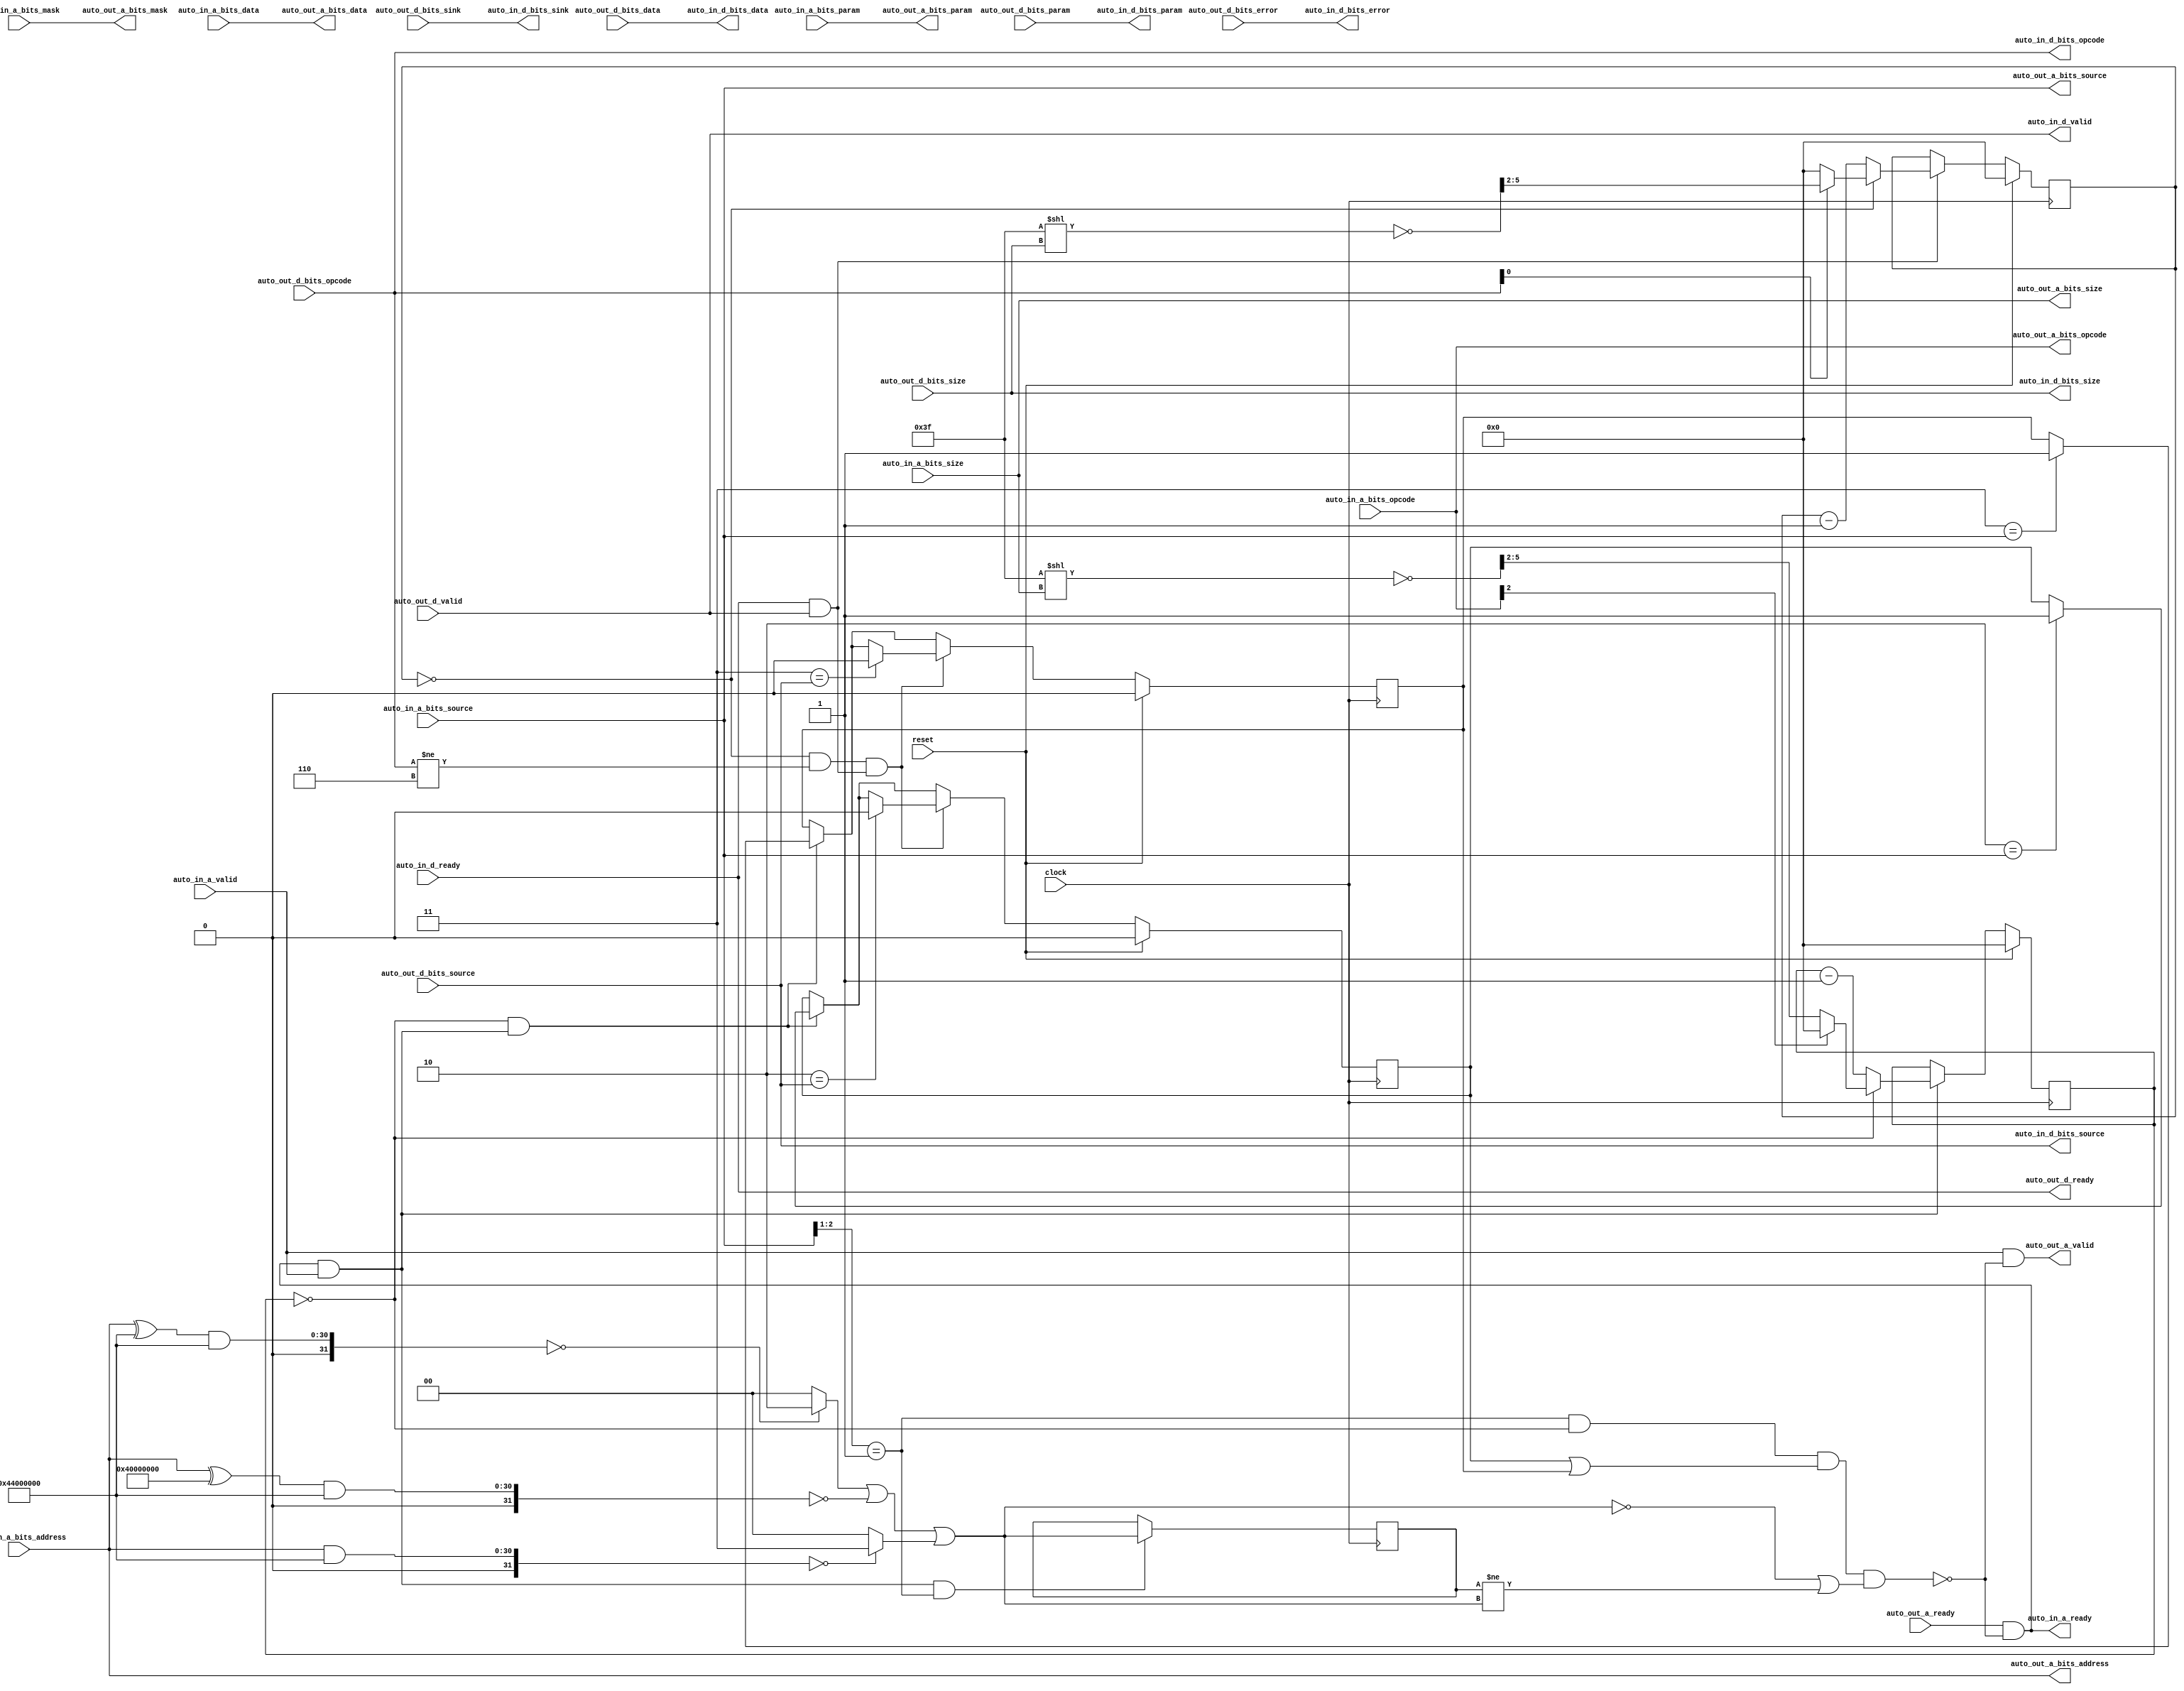
// Copyright (c) 2017, Microsemi Corporation
// All rights reserved.
//
// Redistribution and use in source and binary forms, with or without
// modification, are permitted provided that the following conditions are met:
//     * Redistributions of source code must retain the above copyright
//       notice, this list of conditions and the following disclaimer.
//     * Redistributions in binary form must reproduce the above copyright
//       notice, this list of conditions and the following disclaimer in the
//       documentation and/or other materials provided with the distribution.
//     * Neither the name of the <organization> nor the
//       names of its contributors may be used to endorse or promote products
//       derived from this software without specific prior written permission.
//
// THIS SOFTWARE IS PROVIDED BY THE COPYRIGHT HOLDERS AND CONTRIBUTORS "AS IS" AND
// ANY EXPRESS OR IMPLIED WARRANTIES, INCLUDING, BUT NOT LIMITED TO, THE IMPLIED
// WARRANTIES OF MERCHANTABILITY AND FITNESS FOR A PARTICULAR PURPOSE ARE
// DISCLAIMED. IN NO EVENT SHALL MICROSEMI CORPORATIONM BE LIABLE FOR ANY
// DIRECT, INDIRECT, INCIDENTAL, SPECIAL, EXEMPLARY, OR CONSEQUENTIAL DAMAGES
// (INCLUDING, BUT NOT LIMITED TO, PROCUREMENT OF SUBSTITUTE GOODS OR SERVICES;
// LOSS OF USE, DATA, OR PROFITS; OR BUSINESS INTERRUPTION) HOWEVER CAUSED AND
// ON ANY THEORY OF LIABILITY, WHETHER IN CONTRACT, STRICT LIABILITY, OR TORT
// (INCLUDING NEGLIGENCE OR OTHERWISE) ARISING IN ANY WAY OUT OF THE USE OF THIS
// SOFTWARE, EVEN IF ADVISED OF THE POSSIBILITY OF SUCH DAMAGE.
//
// APACHE LICENSE
// Copyright (c) 2017, Microsemi Corporation 
//
// Licensed under the Apache License, Version 2.0 (the "License");
// you may not use this file except in compliance with the License.
// You may obtain a copy of the License at
//
//    http://www.apache.org/licenses/LICENSE-2.0
//
// Unless required by applicable law or agreed to in writing, software
// distributed under the License is distributed on an "AS IS" BASIS,
// WITHOUT WARRANTIES OR CONDITIONS OF ANY KIND, either express or implied.
// See the License for the specific language governing permissions and
// limitations under the License.
//
// Description:
//
// SVN Revision Information:
// SVN $Revision: $
// SVN $Date: $
//
// Resolved SARs
// SAR      Date     Who   Description
//
// Notes:
//
// ****************************************************************************/
`ifndef RANDOMIZE_REG_INIT 
	 `define RANDOMIZE_REG_INIT 
 `endif
`ifndef RANDOMIZE_MEM_INIT 
	 `define RANDOMIZE_MEM_INIT 
 `endif
`ifndef RANDOMIZE 
	 `define RANDOMIZE 
`endif

`timescale 1ns/10ps
module MiV_AXI_MiV_AXI_0_MIV_RV32IMA_L1_AXI_TLFIFOFIXER_SYSTEM_BUS_PBUS_TLFIFOFIXER( // @[:freechips.rocketchip.system.MivRV32ImaL1AhbConfig.fir@1645.2]
  input         clock, // @[:freechips.rocketchip.system.MivRV32ImaL1AhbConfig.fir@1646.4]
  input         reset, // @[:freechips.rocketchip.system.MivRV32ImaL1AhbConfig.fir@1647.4]
  output        auto_in_a_ready, // @[:freechips.rocketchip.system.MivRV32ImaL1AhbConfig.fir@1648.4]
  input         auto_in_a_valid, // @[:freechips.rocketchip.system.MivRV32ImaL1AhbConfig.fir@1648.4]
  input  [2:0]  auto_in_a_bits_opcode, // @[:freechips.rocketchip.system.MivRV32ImaL1AhbConfig.fir@1648.4]
  input  [2:0]  auto_in_a_bits_param, // @[:freechips.rocketchip.system.MivRV32ImaL1AhbConfig.fir@1648.4]
  input  [2:0]  auto_in_a_bits_size, // @[:freechips.rocketchip.system.MivRV32ImaL1AhbConfig.fir@1648.4]
  input  [2:0]  auto_in_a_bits_source, // @[:freechips.rocketchip.system.MivRV32ImaL1AhbConfig.fir@1648.4]
  input  [30:0] auto_in_a_bits_address, // @[:freechips.rocketchip.system.MivRV32ImaL1AhbConfig.fir@1648.4]
  input  [3:0]  auto_in_a_bits_mask, // @[:freechips.rocketchip.system.MivRV32ImaL1AhbConfig.fir@1648.4]
  input  [31:0] auto_in_a_bits_data, // @[:freechips.rocketchip.system.MivRV32ImaL1AhbConfig.fir@1648.4]
  input         auto_in_d_ready, // @[:freechips.rocketchip.system.MivRV32ImaL1AhbConfig.fir@1648.4]
  output        auto_in_d_valid, // @[:freechips.rocketchip.system.MivRV32ImaL1AhbConfig.fir@1648.4]
  output [2:0]  auto_in_d_bits_opcode, // @[:freechips.rocketchip.system.MivRV32ImaL1AhbConfig.fir@1648.4]
  output [1:0]  auto_in_d_bits_param, // @[:freechips.rocketchip.system.MivRV32ImaL1AhbConfig.fir@1648.4]
  output [2:0]  auto_in_d_bits_size, // @[:freechips.rocketchip.system.MivRV32ImaL1AhbConfig.fir@1648.4]
  output [2:0]  auto_in_d_bits_source, // @[:freechips.rocketchip.system.MivRV32ImaL1AhbConfig.fir@1648.4]
  output        auto_in_d_bits_sink, // @[:freechips.rocketchip.system.MivRV32ImaL1AhbConfig.fir@1648.4]
  output [31:0] auto_in_d_bits_data, // @[:freechips.rocketchip.system.MivRV32ImaL1AhbConfig.fir@1648.4]
  output        auto_in_d_bits_error, // @[:freechips.rocketchip.system.MivRV32ImaL1AhbConfig.fir@1648.4]
  input         auto_out_a_ready, // @[:freechips.rocketchip.system.MivRV32ImaL1AhbConfig.fir@1648.4]
  output        auto_out_a_valid, // @[:freechips.rocketchip.system.MivRV32ImaL1AhbConfig.fir@1648.4]
  output [2:0]  auto_out_a_bits_opcode, // @[:freechips.rocketchip.system.MivRV32ImaL1AhbConfig.fir@1648.4]
  output [2:0]  auto_out_a_bits_param, // @[:freechips.rocketchip.system.MivRV32ImaL1AhbConfig.fir@1648.4]
  output [2:0]  auto_out_a_bits_size, // @[:freechips.rocketchip.system.MivRV32ImaL1AhbConfig.fir@1648.4]
  output [2:0]  auto_out_a_bits_source, // @[:freechips.rocketchip.system.MivRV32ImaL1AhbConfig.fir@1648.4]
  output [30:0] auto_out_a_bits_address, // @[:freechips.rocketchip.system.MivRV32ImaL1AhbConfig.fir@1648.4]
  output [3:0]  auto_out_a_bits_mask, // @[:freechips.rocketchip.system.MivRV32ImaL1AhbConfig.fir@1648.4]
  output [31:0] auto_out_a_bits_data, // @[:freechips.rocketchip.system.MivRV32ImaL1AhbConfig.fir@1648.4]
  output        auto_out_d_ready, // @[:freechips.rocketchip.system.MivRV32ImaL1AhbConfig.fir@1648.4]
  input         auto_out_d_valid, // @[:freechips.rocketchip.system.MivRV32ImaL1AhbConfig.fir@1648.4]
  input  [2:0]  auto_out_d_bits_opcode, // @[:freechips.rocketchip.system.MivRV32ImaL1AhbConfig.fir@1648.4]
  input  [1:0]  auto_out_d_bits_param, // @[:freechips.rocketchip.system.MivRV32ImaL1AhbConfig.fir@1648.4]
  input  [2:0]  auto_out_d_bits_size, // @[:freechips.rocketchip.system.MivRV32ImaL1AhbConfig.fir@1648.4]
  input  [2:0]  auto_out_d_bits_source, // @[:freechips.rocketchip.system.MivRV32ImaL1AhbConfig.fir@1648.4]
  input         auto_out_d_bits_sink, // @[:freechips.rocketchip.system.MivRV32ImaL1AhbConfig.fir@1648.4]
  input  [31:0] auto_out_d_bits_data, // @[:freechips.rocketchip.system.MivRV32ImaL1AhbConfig.fir@1648.4]
  input         auto_out_d_bits_error // @[:freechips.rocketchip.system.MivRV32ImaL1AhbConfig.fir@1648.4]
);
  reg [3:0] _T_266; // @[Edges.scala 220:27:freechips.rocketchip.system.MivRV32ImaL1AhbConfig.fir@1696.4]
  reg [31:0] _RAND_0;
  reg [3:0] _T_294; // @[Edges.scala 220:27:freechips.rocketchip.system.MivRV32ImaL1AhbConfig.fir@1719.4]
  reg [31:0] _RAND_1;
  reg  _T_346_2; // @[FIFOFixer.scala 70:27:freechips.rocketchip.system.MivRV32ImaL1AhbConfig.fir@1744.4]
  reg [31:0] _RAND_2;
  reg  _T_346_3; // @[FIFOFixer.scala 70:27:freechips.rocketchip.system.MivRV32ImaL1AhbConfig.fir@1744.4]
  reg [31:0] _RAND_3;
  reg [1:0] _T_400; // @[Reg.scala 11:16:freechips.rocketchip.system.MivRV32ImaL1AhbConfig.fir@1768.4]
  reg [31:0] _RAND_4;
  wire [31:0] _T_205; // @[Parameters.scala 153:49:freechips.rocketchip.system.MivRV32ImaL1AhbConfig.fir@1660.4]
  wire [30:0] _T_213; // @[Parameters.scala 153:31:freechips.rocketchip.system.MivRV32ImaL1AhbConfig.fir@1664.4]
  wire [31:0] _T_214; // @[Parameters.scala 153:49:freechips.rocketchip.system.MivRV32ImaL1AhbConfig.fir@1665.4]
  wire [31:0] _T_216; // @[Parameters.scala 153:52:freechips.rocketchip.system.MivRV32ImaL1AhbConfig.fir@1666.4]
  wire [31:0] _T_217; // @[Parameters.scala 153:52:freechips.rocketchip.system.MivRV32ImaL1AhbConfig.fir@1667.4]
  wire  _T_219; // @[Parameters.scala 153:67:freechips.rocketchip.system.MivRV32ImaL1AhbConfig.fir@1668.4]
  wire [30:0] _T_222; // @[Parameters.scala 153:31:freechips.rocketchip.system.MivRV32ImaL1AhbConfig.fir@1669.4]
  wire [31:0] _T_223; // @[Parameters.scala 153:49:freechips.rocketchip.system.MivRV32ImaL1AhbConfig.fir@1670.4]
  wire [31:0] _T_225; // @[Parameters.scala 153:52:freechips.rocketchip.system.MivRV32ImaL1AhbConfig.fir@1671.4]
  wire [31:0] _T_226; // @[Parameters.scala 153:52:freechips.rocketchip.system.MivRV32ImaL1AhbConfig.fir@1672.4]
  wire  _T_228; // @[Parameters.scala 153:67:freechips.rocketchip.system.MivRV32ImaL1AhbConfig.fir@1673.4]
  wire [31:0] _T_234; // @[Parameters.scala 153:52:freechips.rocketchip.system.MivRV32ImaL1AhbConfig.fir@1676.4]
  wire [31:0] _T_235; // @[Parameters.scala 153:52:freechips.rocketchip.system.MivRV32ImaL1AhbConfig.fir@1677.4]
  wire  _T_237; // @[Parameters.scala 153:67:freechips.rocketchip.system.MivRV32ImaL1AhbConfig.fir@1678.4]
  wire [1:0] _T_241; // @[Mux.scala 19:72:freechips.rocketchip.system.MivRV32ImaL1AhbConfig.fir@1679.4]
  wire [1:0] _T_245; // @[Mux.scala 19:72:freechips.rocketchip.system.MivRV32ImaL1AhbConfig.fir@1681.4]
  wire [1:0] _GEN_29; // @[Mux.scala 19:72:freechips.rocketchip.system.MivRV32ImaL1AhbConfig.fir@1682.4]
  wire [1:0] _T_246; // @[Mux.scala 19:72:freechips.rocketchip.system.MivRV32ImaL1AhbConfig.fir@1682.4]
  wire [1:0] _T_247; // @[Mux.scala 19:72:freechips.rocketchip.system.MivRV32ImaL1AhbConfig.fir@1683.4]
  wire  _T_251; // @[FIFOFixer.scala 54:29:freechips.rocketchip.system.MivRV32ImaL1AhbConfig.fir@1686.4]
  wire [1:0] _T_385; // @[Parameters.scala 51:10:freechips.rocketchip.system.MivRV32ImaL1AhbConfig.fir@1758.4]
  wire  _T_387; // @[Parameters.scala 51:32:freechips.rocketchip.system.MivRV32ImaL1AhbConfig.fir@1759.4]
  wire  _T_272; // @[Edges.scala 222:25:freechips.rocketchip.system.MivRV32ImaL1AhbConfig.fir@1700.4]
  wire  _T_401; // @[FIFOFixer.scala 79:15:freechips.rocketchip.system.MivRV32ImaL1AhbConfig.fir@1772.4]
  wire  _T_402; // @[FIFOFixer.scala 79:44:freechips.rocketchip.system.MivRV32ImaL1AhbConfig.fir@1773.4]
  wire  _T_403; // @[FIFOFixer.scala 79:26:freechips.rocketchip.system.MivRV32ImaL1AhbConfig.fir@1774.4]
  wire  _T_404; // @[FIFOFixer.scala 79:71:freechips.rocketchip.system.MivRV32ImaL1AhbConfig.fir@1775.4]
  wire  _T_405; // @[FIFOFixer.scala 79:65:freechips.rocketchip.system.MivRV32ImaL1AhbConfig.fir@1776.4]
  wire  _T_406; // @[FIFOFixer.scala 79:50:freechips.rocketchip.system.MivRV32ImaL1AhbConfig.fir@1777.4]
  wire  _T_414; // @[FIFOFixer.scala 87:50:freechips.rocketchip.system.MivRV32ImaL1AhbConfig.fir@1785.4]
  wire  _T_416; // @[FIFOFixer.scala 87:33:freechips.rocketchip.system.MivRV32ImaL1AhbConfig.fir@1787.4]
  wire  _T_252; // @[Decoupled.scala 30:37:freechips.rocketchip.system.MivRV32ImaL1AhbConfig.fir@1687.4]
  wire [12:0] _T_255; // @[package.scala 82:77:freechips.rocketchip.system.MivRV32ImaL1AhbConfig.fir@1689.4]
  wire [5:0] _T_256; // @[package.scala 82:82:freechips.rocketchip.system.MivRV32ImaL1AhbConfig.fir@1690.4]
  wire [5:0] _T_257; // @[package.scala 82:46:freechips.rocketchip.system.MivRV32ImaL1AhbConfig.fir@1691.4]
  wire [3:0] _T_258; // @[Edges.scala 211:59:freechips.rocketchip.system.MivRV32ImaL1AhbConfig.fir@1692.4]
  wire  _T_259; // @[Edges.scala 92:37:freechips.rocketchip.system.MivRV32ImaL1AhbConfig.fir@1693.4]
  wire  _T_261; // @[Edges.scala 92:28:freechips.rocketchip.system.MivRV32ImaL1AhbConfig.fir@1694.4]
  wire [3:0] _T_263; // @[Edges.scala 212:14:freechips.rocketchip.system.MivRV32ImaL1AhbConfig.fir@1695.4]
  wire [4:0] _T_268; // @[Edges.scala 221:28:freechips.rocketchip.system.MivRV32ImaL1AhbConfig.fir@1697.4]
  wire [4:0] _T_269; // @[Edges.scala 221:28:freechips.rocketchip.system.MivRV32ImaL1AhbConfig.fir@1698.4]
  wire [3:0] _T_270; // @[Edges.scala 221:28:freechips.rocketchip.system.MivRV32ImaL1AhbConfig.fir@1699.4]
  wire [3:0] _T_281; // @[Edges.scala 227:21:freechips.rocketchip.system.MivRV32ImaL1AhbConfig.fir@1708.6]
  wire [3:0] _GEN_2; // @[Edges.scala 226:17:freechips.rocketchip.system.MivRV32ImaL1AhbConfig.fir@1707.4]
  wire  _T_282; // @[Decoupled.scala 30:37:freechips.rocketchip.system.MivRV32ImaL1AhbConfig.fir@1711.4]
  wire [12:0] _T_285; // @[package.scala 82:77:freechips.rocketchip.system.MivRV32ImaL1AhbConfig.fir@1713.4]
  wire [5:0] _T_286; // @[package.scala 82:82:freechips.rocketchip.system.MivRV32ImaL1AhbConfig.fir@1714.4]
  wire [5:0] _T_287; // @[package.scala 82:46:freechips.rocketchip.system.MivRV32ImaL1AhbConfig.fir@1715.4]
  wire [3:0] _T_288; // @[Edges.scala 211:59:freechips.rocketchip.system.MivRV32ImaL1AhbConfig.fir@1716.4]
  wire  _T_289; // @[Edges.scala 106:36:freechips.rocketchip.system.MivRV32ImaL1AhbConfig.fir@1717.4]
  wire [3:0] _T_291; // @[Edges.scala 212:14:freechips.rocketchip.system.MivRV32ImaL1AhbConfig.fir@1718.4]
  wire [4:0] _T_296; // @[Edges.scala 221:28:freechips.rocketchip.system.MivRV32ImaL1AhbConfig.fir@1720.4]
  wire [4:0] _T_297; // @[Edges.scala 221:28:freechips.rocketchip.system.MivRV32ImaL1AhbConfig.fir@1721.4]
  wire [3:0] _T_298; // @[Edges.scala 221:28:freechips.rocketchip.system.MivRV32ImaL1AhbConfig.fir@1722.4]
  wire  _T_300; // @[Edges.scala 222:25:freechips.rocketchip.system.MivRV32ImaL1AhbConfig.fir@1723.4]
  wire [3:0] _T_309; // @[Edges.scala 227:21:freechips.rocketchip.system.MivRV32ImaL1AhbConfig.fir@1731.6]
  wire [3:0] _GEN_3; // @[Edges.scala 226:17:freechips.rocketchip.system.MivRV32ImaL1AhbConfig.fir@1730.4]
  wire  _T_311; // @[FIFOFixer.scala 66:63:freechips.rocketchip.system.MivRV32ImaL1AhbConfig.fir@1734.4]
  wire  _T_312; // @[FIFOFixer.scala 66:42:freechips.rocketchip.system.MivRV32ImaL1AhbConfig.fir@1735.4]
  wire  _T_370; // @[FIFOFixer.scala 71:21:freechips.rocketchip.system.MivRV32ImaL1AhbConfig.fir@1746.4]
  wire  _GEN_6; // @[FIFOFixer.scala 71:64:freechips.rocketchip.system.MivRV32ImaL1AhbConfig.fir@1749.6]
  wire  _GEN_7; // @[FIFOFixer.scala 71:64:freechips.rocketchip.system.MivRV32ImaL1AhbConfig.fir@1749.6]
  wire  _GEN_12; // @[FIFOFixer.scala 71:37:freechips.rocketchip.system.MivRV32ImaL1AhbConfig.fir@1747.4]
  wire  _GEN_13; // @[FIFOFixer.scala 71:37:freechips.rocketchip.system.MivRV32ImaL1AhbConfig.fir@1747.4]
  wire  _T_377; // @[FIFOFixer.scala 72:21:freechips.rocketchip.system.MivRV32ImaL1AhbConfig.fir@1752.4]
  wire  _GEN_18; // @[FIFOFixer.scala 72:64:freechips.rocketchip.system.MivRV32ImaL1AhbConfig.fir@1754.6]
  wire  _GEN_19; // @[FIFOFixer.scala 72:64:freechips.rocketchip.system.MivRV32ImaL1AhbConfig.fir@1754.6]
  wire  _GEN_24; // @[FIFOFixer.scala 72:37:freechips.rocketchip.system.MivRV32ImaL1AhbConfig.fir@1753.4]
  wire  _GEN_25; // @[FIFOFixer.scala 72:37:freechips.rocketchip.system.MivRV32ImaL1AhbConfig.fir@1753.4]
  wire  _T_395; // @[FIFOFixer.scala 76:49:freechips.rocketchip.system.MivRV32ImaL1AhbConfig.fir@1765.4]
  wire [1:0] _GEN_28; // @[Reg.scala 12:19:freechips.rocketchip.system.MivRV32ImaL1AhbConfig.fir@1769.4]
  wire  _T_412; // @[FIFOFixer.scala 86:33:freechips.rocketchip.system.MivRV32ImaL1AhbConfig.fir@1783.4]
  assign _T_205 = {1'b0,$signed(auto_in_a_bits_address)}; // @[Parameters.scala 153:49:freechips.rocketchip.system.MivRV32ImaL1AhbConfig.fir@1660.4]
  assign _T_213 = auto_in_a_bits_address ^ 31'h44000000; // @[Parameters.scala 153:31:freechips.rocketchip.system.MivRV32ImaL1AhbConfig.fir@1664.4]
  assign _T_214 = {1'b0,$signed(_T_213)}; // @[Parameters.scala 153:49:freechips.rocketchip.system.MivRV32ImaL1AhbConfig.fir@1665.4]
  assign _T_216 = $signed(_T_214) & $signed(32'sh44000000); // @[Parameters.scala 153:52:freechips.rocketchip.system.MivRV32ImaL1AhbConfig.fir@1666.4]
  assign _T_217 = $signed(_T_216); // @[Parameters.scala 153:52:freechips.rocketchip.system.MivRV32ImaL1AhbConfig.fir@1667.4]
  assign _T_219 = $signed(_T_217) == $signed(32'sh0); // @[Parameters.scala 153:67:freechips.rocketchip.system.MivRV32ImaL1AhbConfig.fir@1668.4]
  assign _T_222 = auto_in_a_bits_address ^ 31'h40000000; // @[Parameters.scala 153:31:freechips.rocketchip.system.MivRV32ImaL1AhbConfig.fir@1669.4]
  assign _T_223 = {1'b0,$signed(_T_222)}; // @[Parameters.scala 153:49:freechips.rocketchip.system.MivRV32ImaL1AhbConfig.fir@1670.4]
  assign _T_225 = $signed(_T_223) & $signed(32'sh44000000); // @[Parameters.scala 153:52:freechips.rocketchip.system.MivRV32ImaL1AhbConfig.fir@1671.4]
  assign _T_226 = $signed(_T_225); // @[Parameters.scala 153:52:freechips.rocketchip.system.MivRV32ImaL1AhbConfig.fir@1672.4]
  assign _T_228 = $signed(_T_226) == $signed(32'sh0); // @[Parameters.scala 153:67:freechips.rocketchip.system.MivRV32ImaL1AhbConfig.fir@1673.4]
  assign _T_234 = $signed(_T_205) & $signed(32'sh44000000); // @[Parameters.scala 153:52:freechips.rocketchip.system.MivRV32ImaL1AhbConfig.fir@1676.4]
  assign _T_235 = $signed(_T_234); // @[Parameters.scala 153:52:freechips.rocketchip.system.MivRV32ImaL1AhbConfig.fir@1677.4]
  assign _T_237 = $signed(_T_235) == $signed(32'sh0); // @[Parameters.scala 153:67:freechips.rocketchip.system.MivRV32ImaL1AhbConfig.fir@1678.4]
  assign _T_241 = _T_219 ? 2'h2 : 2'h0; // @[Mux.scala 19:72:freechips.rocketchip.system.MivRV32ImaL1AhbConfig.fir@1679.4]
  assign _T_245 = _T_237 ? 2'h3 : 2'h0; // @[Mux.scala 19:72:freechips.rocketchip.system.MivRV32ImaL1AhbConfig.fir@1681.4]
  assign _GEN_29 = {{1'd0}, _T_228}; // @[Mux.scala 19:72:freechips.rocketchip.system.MivRV32ImaL1AhbConfig.fir@1682.4]
  assign _T_246 = _T_241 | _GEN_29; // @[Mux.scala 19:72:freechips.rocketchip.system.MivRV32ImaL1AhbConfig.fir@1682.4]
  assign _T_247 = _T_246 | _T_245; // @[Mux.scala 19:72:freechips.rocketchip.system.MivRV32ImaL1AhbConfig.fir@1683.4]
  assign _T_251 = _T_247 == 2'h0; // @[FIFOFixer.scala 54:29:freechips.rocketchip.system.MivRV32ImaL1AhbConfig.fir@1686.4]
  assign _T_385 = auto_in_a_bits_source[2:1]; // @[Parameters.scala 51:10:freechips.rocketchip.system.MivRV32ImaL1AhbConfig.fir@1758.4]
  assign _T_387 = _T_385 == 2'h1; // @[Parameters.scala 51:32:freechips.rocketchip.system.MivRV32ImaL1AhbConfig.fir@1759.4]
  assign _T_272 = _T_266 == 4'h0; // @[Edges.scala 222:25:freechips.rocketchip.system.MivRV32ImaL1AhbConfig.fir@1700.4]
  assign _T_401 = _T_387 & _T_272; // @[FIFOFixer.scala 79:15:freechips.rocketchip.system.MivRV32ImaL1AhbConfig.fir@1772.4]
  assign _T_402 = _T_346_2 | _T_346_3; // @[FIFOFixer.scala 79:44:freechips.rocketchip.system.MivRV32ImaL1AhbConfig.fir@1773.4]
  assign _T_403 = _T_401 & _T_402; // @[FIFOFixer.scala 79:26:freechips.rocketchip.system.MivRV32ImaL1AhbConfig.fir@1774.4]
  assign _T_404 = _T_400 != _T_247; // @[FIFOFixer.scala 79:71:freechips.rocketchip.system.MivRV32ImaL1AhbConfig.fir@1775.4]
  assign _T_405 = _T_251 | _T_404; // @[FIFOFixer.scala 79:65:freechips.rocketchip.system.MivRV32ImaL1AhbConfig.fir@1776.4]
  assign _T_406 = _T_403 & _T_405; // @[FIFOFixer.scala 79:50:freechips.rocketchip.system.MivRV32ImaL1AhbConfig.fir@1777.4]
  assign _T_414 = _T_406 == 1'h0; // @[FIFOFixer.scala 87:50:freechips.rocketchip.system.MivRV32ImaL1AhbConfig.fir@1785.4]
  assign _T_416 = auto_out_a_ready & _T_414; // @[FIFOFixer.scala 87:33:freechips.rocketchip.system.MivRV32ImaL1AhbConfig.fir@1787.4]
  assign _T_252 = _T_416 & auto_in_a_valid; // @[Decoupled.scala 30:37:freechips.rocketchip.system.MivRV32ImaL1AhbConfig.fir@1687.4]
  assign _T_255 = 13'h3f << auto_in_a_bits_size; // @[package.scala 82:77:freechips.rocketchip.system.MivRV32ImaL1AhbConfig.fir@1689.4]
  assign _T_256 = _T_255[5:0]; // @[package.scala 82:82:freechips.rocketchip.system.MivRV32ImaL1AhbConfig.fir@1690.4]
  assign _T_257 = ~ _T_256; // @[package.scala 82:46:freechips.rocketchip.system.MivRV32ImaL1AhbConfig.fir@1691.4]
  assign _T_258 = _T_257[5:2]; // @[Edges.scala 211:59:freechips.rocketchip.system.MivRV32ImaL1AhbConfig.fir@1692.4]
  assign _T_259 = auto_in_a_bits_opcode[2]; // @[Edges.scala 92:37:freechips.rocketchip.system.MivRV32ImaL1AhbConfig.fir@1693.4]
  assign _T_261 = _T_259 == 1'h0; // @[Edges.scala 92:28:freechips.rocketchip.system.MivRV32ImaL1AhbConfig.fir@1694.4]
  assign _T_263 = _T_261 ? _T_258 : 4'h0; // @[Edges.scala 212:14:freechips.rocketchip.system.MivRV32ImaL1AhbConfig.fir@1695.4]
  assign _T_268 = _T_266 - 4'h1; // @[Edges.scala 221:28:freechips.rocketchip.system.MivRV32ImaL1AhbConfig.fir@1697.4]
  assign _T_269 = $unsigned(_T_268); // @[Edges.scala 221:28:freechips.rocketchip.system.MivRV32ImaL1AhbConfig.fir@1698.4]
  assign _T_270 = _T_269[3:0]; // @[Edges.scala 221:28:freechips.rocketchip.system.MivRV32ImaL1AhbConfig.fir@1699.4]
  assign _T_281 = _T_272 ? _T_263 : _T_270; // @[Edges.scala 227:21:freechips.rocketchip.system.MivRV32ImaL1AhbConfig.fir@1708.6]
  assign _GEN_2 = _T_252 ? _T_281 : _T_266; // @[Edges.scala 226:17:freechips.rocketchip.system.MivRV32ImaL1AhbConfig.fir@1707.4]
  assign _T_282 = auto_in_d_ready & auto_out_d_valid; // @[Decoupled.scala 30:37:freechips.rocketchip.system.MivRV32ImaL1AhbConfig.fir@1711.4]
  assign _T_285 = 13'h3f << auto_out_d_bits_size; // @[package.scala 82:77:freechips.rocketchip.system.MivRV32ImaL1AhbConfig.fir@1713.4]
  assign _T_286 = _T_285[5:0]; // @[package.scala 82:82:freechips.rocketchip.system.MivRV32ImaL1AhbConfig.fir@1714.4]
  assign _T_287 = ~ _T_286; // @[package.scala 82:46:freechips.rocketchip.system.MivRV32ImaL1AhbConfig.fir@1715.4]
  assign _T_288 = _T_287[5:2]; // @[Edges.scala 211:59:freechips.rocketchip.system.MivRV32ImaL1AhbConfig.fir@1716.4]
  assign _T_289 = auto_out_d_bits_opcode[0]; // @[Edges.scala 106:36:freechips.rocketchip.system.MivRV32ImaL1AhbConfig.fir@1717.4]
  assign _T_291 = _T_289 ? _T_288 : 4'h0; // @[Edges.scala 212:14:freechips.rocketchip.system.MivRV32ImaL1AhbConfig.fir@1718.4]
  assign _T_296 = _T_294 - 4'h1; // @[Edges.scala 221:28:freechips.rocketchip.system.MivRV32ImaL1AhbConfig.fir@1720.4]
  assign _T_297 = $unsigned(_T_296); // @[Edges.scala 221:28:freechips.rocketchip.system.MivRV32ImaL1AhbConfig.fir@1721.4]
  assign _T_298 = _T_297[3:0]; // @[Edges.scala 221:28:freechips.rocketchip.system.MivRV32ImaL1AhbConfig.fir@1722.4]
  assign _T_300 = _T_294 == 4'h0; // @[Edges.scala 222:25:freechips.rocketchip.system.MivRV32ImaL1AhbConfig.fir@1723.4]
  assign _T_309 = _T_300 ? _T_291 : _T_298; // @[Edges.scala 227:21:freechips.rocketchip.system.MivRV32ImaL1AhbConfig.fir@1731.6]
  assign _GEN_3 = _T_282 ? _T_309 : _T_294; // @[Edges.scala 226:17:freechips.rocketchip.system.MivRV32ImaL1AhbConfig.fir@1730.4]
  assign _T_311 = auto_out_d_bits_opcode != 3'h6; // @[FIFOFixer.scala 66:63:freechips.rocketchip.system.MivRV32ImaL1AhbConfig.fir@1734.4]
  assign _T_312 = _T_300 & _T_311; // @[FIFOFixer.scala 66:42:freechips.rocketchip.system.MivRV32ImaL1AhbConfig.fir@1735.4]
  assign _T_370 = _T_272 & _T_252; // @[FIFOFixer.scala 71:21:freechips.rocketchip.system.MivRV32ImaL1AhbConfig.fir@1746.4]
  assign _GEN_6 = 3'h2 == auto_in_a_bits_source ? 1'h1 : _T_346_2; // @[FIFOFixer.scala 71:64:freechips.rocketchip.system.MivRV32ImaL1AhbConfig.fir@1749.6]
  assign _GEN_7 = 3'h3 == auto_in_a_bits_source ? 1'h1 : _T_346_3; // @[FIFOFixer.scala 71:64:freechips.rocketchip.system.MivRV32ImaL1AhbConfig.fir@1749.6]
  assign _GEN_12 = _T_370 ? _GEN_6 : _T_346_2; // @[FIFOFixer.scala 71:37:freechips.rocketchip.system.MivRV32ImaL1AhbConfig.fir@1747.4]
  assign _GEN_13 = _T_370 ? _GEN_7 : _T_346_3; // @[FIFOFixer.scala 71:37:freechips.rocketchip.system.MivRV32ImaL1AhbConfig.fir@1747.4]
  assign _T_377 = _T_312 & _T_282; // @[FIFOFixer.scala 72:21:freechips.rocketchip.system.MivRV32ImaL1AhbConfig.fir@1752.4]
  assign _GEN_18 = 3'h2 == auto_out_d_bits_source ? 1'h0 : _GEN_12; // @[FIFOFixer.scala 72:64:freechips.rocketchip.system.MivRV32ImaL1AhbConfig.fir@1754.6]
  assign _GEN_19 = 3'h3 == auto_out_d_bits_source ? 1'h0 : _GEN_13; // @[FIFOFixer.scala 72:64:freechips.rocketchip.system.MivRV32ImaL1AhbConfig.fir@1754.6]
  assign _GEN_24 = _T_377 ? _GEN_18 : _GEN_12; // @[FIFOFixer.scala 72:37:freechips.rocketchip.system.MivRV32ImaL1AhbConfig.fir@1753.4]
  assign _GEN_25 = _T_377 ? _GEN_19 : _GEN_13; // @[FIFOFixer.scala 72:37:freechips.rocketchip.system.MivRV32ImaL1AhbConfig.fir@1753.4]
  assign _T_395 = _T_252 & _T_387; // @[FIFOFixer.scala 76:49:freechips.rocketchip.system.MivRV32ImaL1AhbConfig.fir@1765.4]
  assign _GEN_28 = _T_395 ? _T_247 : _T_400; // @[Reg.scala 12:19:freechips.rocketchip.system.MivRV32ImaL1AhbConfig.fir@1769.4]
  assign _T_412 = auto_in_a_valid & _T_414; // @[FIFOFixer.scala 86:33:freechips.rocketchip.system.MivRV32ImaL1AhbConfig.fir@1783.4]
  assign auto_in_a_ready = _T_416;
  assign auto_in_d_valid = auto_out_d_valid;
  assign auto_in_d_bits_opcode = auto_out_d_bits_opcode;
  assign auto_in_d_bits_param = auto_out_d_bits_param;
  assign auto_in_d_bits_size = auto_out_d_bits_size;
  assign auto_in_d_bits_source = auto_out_d_bits_source;
  assign auto_in_d_bits_sink = auto_out_d_bits_sink;
  assign auto_in_d_bits_data = auto_out_d_bits_data;
  assign auto_in_d_bits_error = auto_out_d_bits_error;
  assign auto_out_a_valid = _T_412;
  assign auto_out_a_bits_opcode = auto_in_a_bits_opcode;
  assign auto_out_a_bits_param = auto_in_a_bits_param;
  assign auto_out_a_bits_size = auto_in_a_bits_size;
  assign auto_out_a_bits_source = auto_in_a_bits_source;
  assign auto_out_a_bits_address = auto_in_a_bits_address;
  assign auto_out_a_bits_mask = auto_in_a_bits_mask;
  assign auto_out_a_bits_data = auto_in_a_bits_data;
  assign auto_out_d_ready = auto_in_d_ready;
`ifdef RANDOMIZE
  integer initvar;
  initial begin
    `ifndef verilator
      #0.002 begin end
    `endif
  `ifdef RANDOMIZE_REG_INIT
  _RAND_0 = {1{32'b0}};
  _T_266 = _RAND_0[3:0];
  `endif // RANDOMIZE_REG_INIT
  `ifdef RANDOMIZE_REG_INIT
  _RAND_1 = {1{32'b0}};
  _T_294 = _RAND_1[3:0];
  `endif // RANDOMIZE_REG_INIT
  `ifdef RANDOMIZE_REG_INIT
  _RAND_2 = {1{32'b0}};
  _T_346_2 = _RAND_2[0:0];
  `endif // RANDOMIZE_REG_INIT
  `ifdef RANDOMIZE_REG_INIT
  _RAND_3 = {1{32'b0}};
  _T_346_3 = _RAND_3[0:0];
  `endif // RANDOMIZE_REG_INIT
  `ifdef RANDOMIZE_REG_INIT
  _RAND_4 = {1{32'b0}};
  _T_400 = _RAND_4[1:0];
  `endif // RANDOMIZE_REG_INIT
  end
`endif // RANDOMIZE
  always @(posedge clock) begin
    if (reset) begin
      _T_266 <= 4'h0;
    end else begin
      if (_T_252) begin
        if (_T_272) begin
          if (_T_261) begin
            _T_266 <= _T_258;
          end else begin
            _T_266 <= 4'h0;
          end
        end else begin
          _T_266 <= _T_270;
        end
      end
    end
    if (reset) begin
      _T_294 <= 4'h0;
    end else begin
      if (_T_282) begin
        if (_T_300) begin
          if (_T_289) begin
            _T_294 <= _T_288;
          end else begin
            _T_294 <= 4'h0;
          end
        end else begin
          _T_294 <= _T_298;
        end
      end
    end
    if (reset) begin
      _T_346_2 <= 1'h0;
    end else begin
      if (_T_377) begin
        if (3'h2 == auto_out_d_bits_source) begin
          _T_346_2 <= 1'h0;
        end else begin
          if (_T_370) begin
            if (3'h2 == auto_in_a_bits_source) begin
              _T_346_2 <= 1'h1;
            end
          end
        end
      end else begin
        if (_T_370) begin
          if (3'h2 == auto_in_a_bits_source) begin
            _T_346_2 <= 1'h1;
          end
        end
      end
    end
    if (reset) begin
      _T_346_3 <= 1'h0;
    end else begin
      if (_T_377) begin
        if (3'h3 == auto_out_d_bits_source) begin
          _T_346_3 <= 1'h0;
        end else begin
          if (_T_370) begin
            if (3'h3 == auto_in_a_bits_source) begin
              _T_346_3 <= 1'h1;
            end
          end
        end
      end else begin
        if (_T_370) begin
          if (3'h3 == auto_in_a_bits_source) begin
            _T_346_3 <= 1'h1;
          end
        end
      end
    end
    if (_T_395) begin
      _T_400 <= _T_247;
    end
  end
endmodule